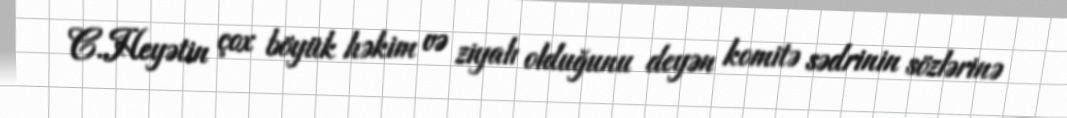
C.Heyətin çox böyük həkim və ziyalı olduğunu deyən komitə sədrinin sözlərinə